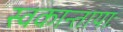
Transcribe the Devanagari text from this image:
स्वकान्तायाः